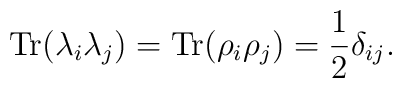
\mbox{Tr}(\lambda_i \lambda_j) = \mbox{Tr}(\rho_i \rho_j) = \frac12\delta_{ij}.